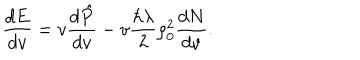
{ \frac { d E } { d v } } = v { \frac { d \hat { P } } { d v } } - v { \frac { \hbar \lambda } { 2 } } \rho _ { 0 } ^ { 2 } { \frac { d N } { d v } } .